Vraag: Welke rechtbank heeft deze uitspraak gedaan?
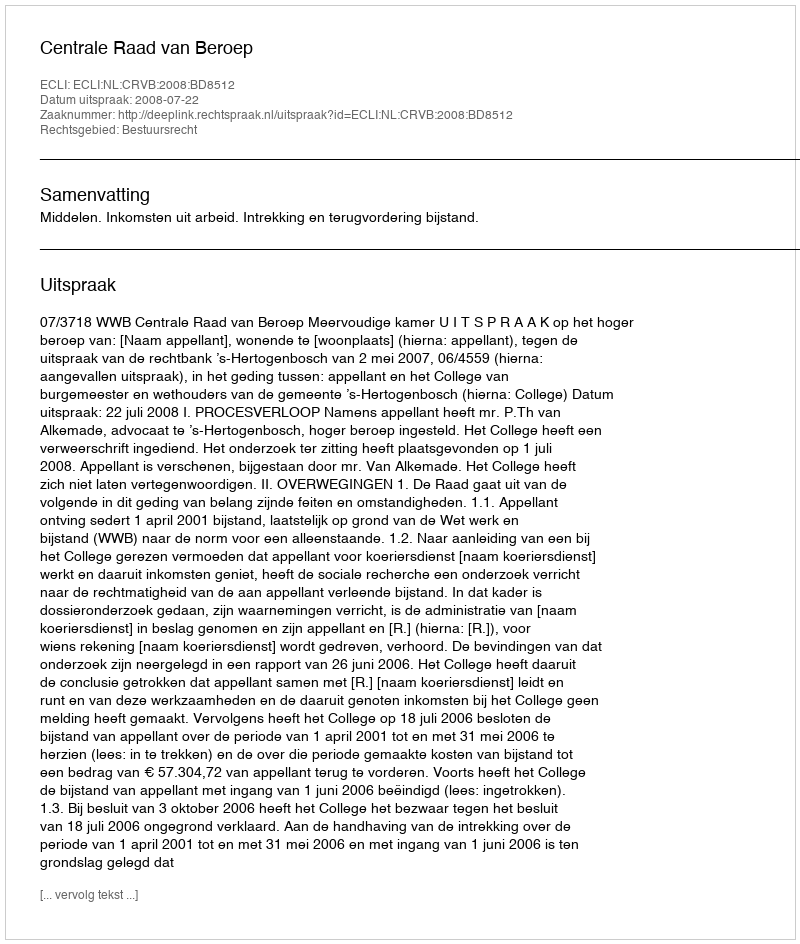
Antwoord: Centrale Raad van Beroep